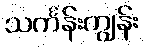
သင်္ကန်းကျွန်း